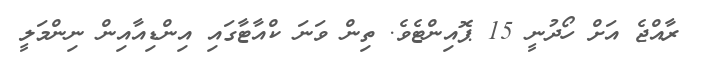
ރާއްޖެ އަށް ހޯދުނީ 15 ޕޮއިންޓެވެ. ތިން ވަނަ ކްއާޓާގައި އިންޑިއާއިން ނިންމަލީ